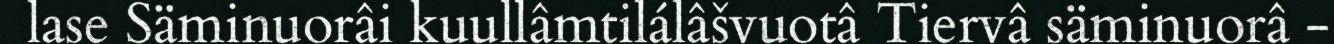
lase Säminuorâi kuullâmtilálâšvuotâ Tiervâ säminuorâ -